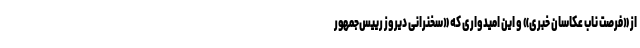
از «فرصت ناب عکاسان خبری» و این امیدواری که «سخنرانی دیروز رییس‌جمهور